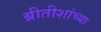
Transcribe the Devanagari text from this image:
ब्रीतीशांच्या